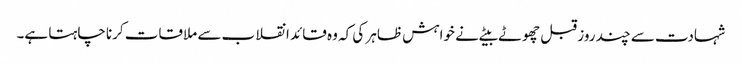
شہادت سے چند روز قبل چھوٹے بیٹے نے خواہش ظاہر کی کہ وہ قائد انقلاب سے ملاقات کرنا چاہتا ہے۔